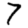
Digit: 7